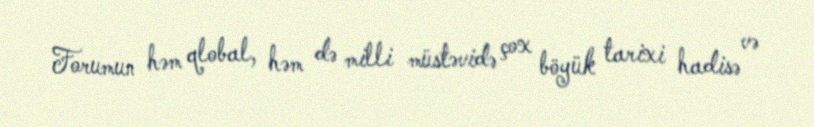
Forumun həm qlobal, həm də milli müstəvidə çox böyük tarixi hadisə və